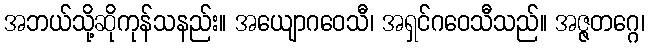
အဘယ်သို့ဆိုကုန်သနည်း။ အယျောဂဝေသီ၊ အရှင်ဂဝေသီသည်။ အဇ္ဇတဂ္ဂေ၊